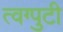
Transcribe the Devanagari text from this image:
त्वग्पुटी